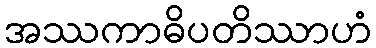
အဿကာဓိပတိဿာဟံ